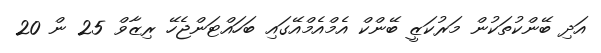
އަދި ބޭންކުތަކުން މަރުކަޒީ ބޭންކް އެމްއެމްއޭގައި ބަހައްޓަންޖެހޭ ރިޒާވް 25 ން 20